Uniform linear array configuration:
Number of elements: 32
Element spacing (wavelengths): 0.75
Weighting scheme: exponential
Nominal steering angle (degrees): -30
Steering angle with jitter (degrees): -30.959
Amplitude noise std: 0.05
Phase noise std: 0.05

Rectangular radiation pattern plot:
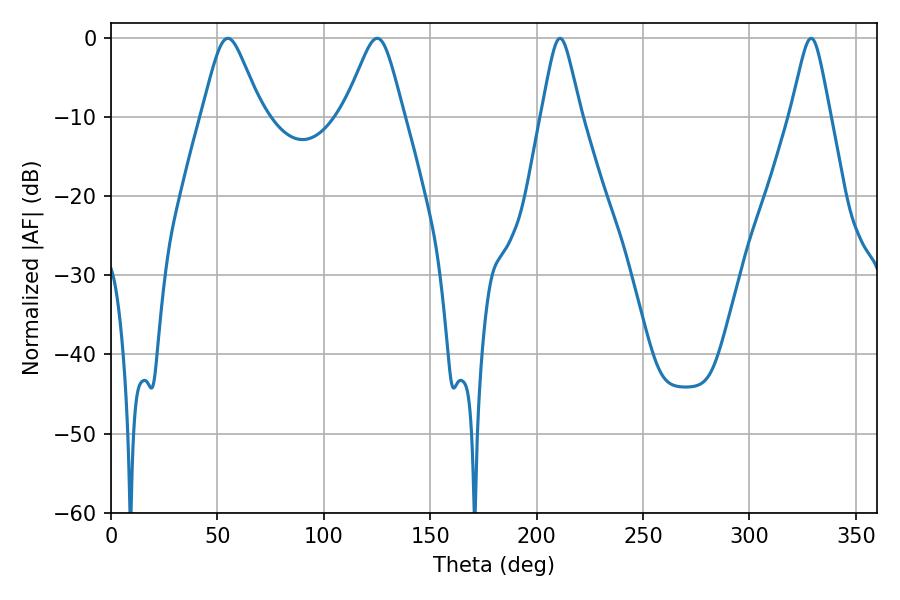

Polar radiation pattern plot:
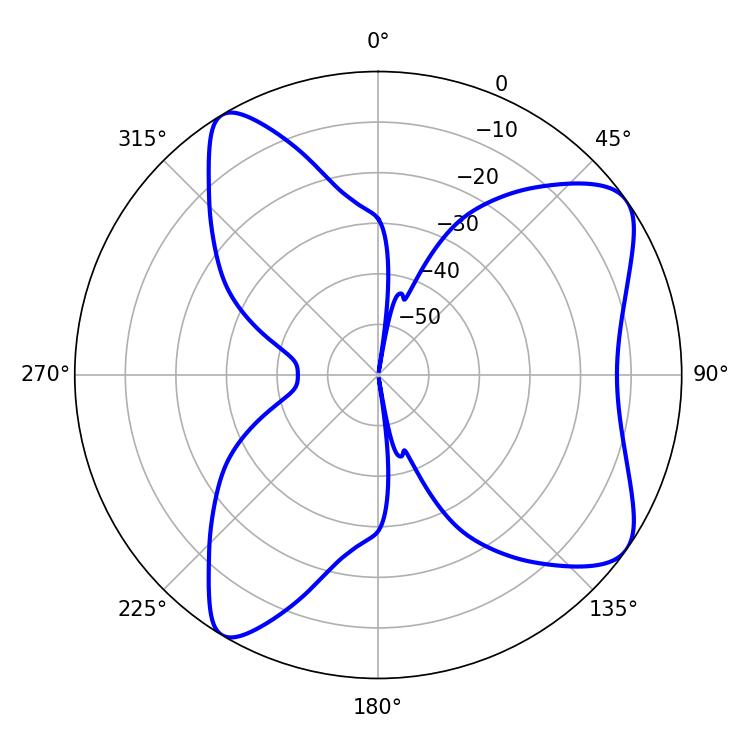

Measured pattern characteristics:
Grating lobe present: TRUE
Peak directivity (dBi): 8.265
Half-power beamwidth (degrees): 13.32
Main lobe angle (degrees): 54.9